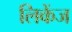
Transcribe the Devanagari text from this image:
लिकेंज